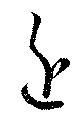
近